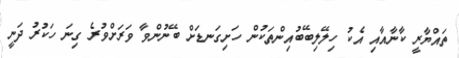
ތައްޔާރީ ކާނާއާއި އެކު ހިލޭލިބޭބުއިންތަކުން ހަށިގަނޑަށް ބޭނުންވާ ވަރަށްވުރެ ގިނަ ހަކުރު ދަނީ